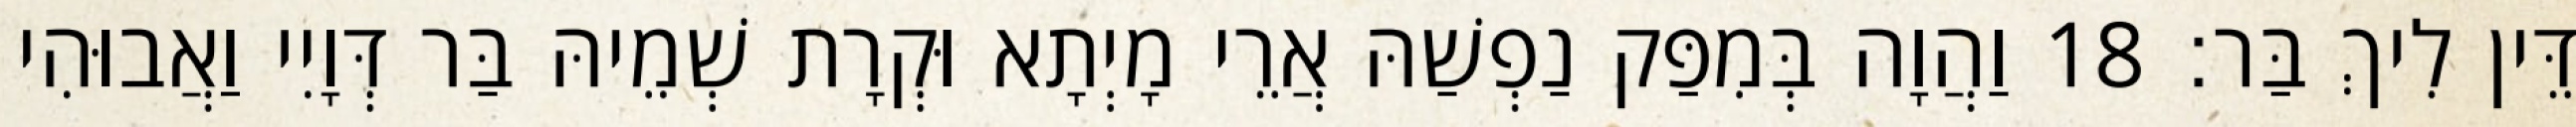
דֵּין לִיךְ בַּר׃ 18 וַהֲוָה בְּמִפַּק נַפְשַׁהּ אֲרֵי מָיְתָא וּקְרָת שְׁמֵיהּ בַּר דְּוָיִי וַאֲבוּהִי